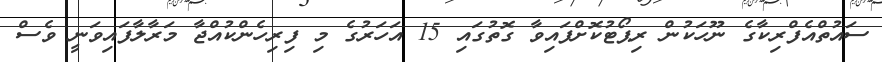
ސައުތްއެފްރިކާގެ ނޫހަކުން ރިޕޯޓުކޮށްފައިވާ ގޮތުގައި 15 އަހަރުގެ މި ފިރިހެންކުއްޖާ މަރާލާފައިވަނީ ވެސް